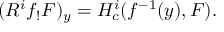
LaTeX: ( R ^ { i } f _ { ! } F ) _ { y } = H _ { c } ^ { i } ( f ^ { - 1 } ( y ) , F ) .